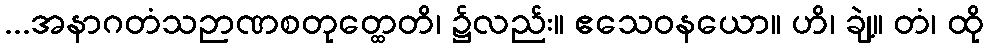
...အနာဂတံသဉာဏစတုတ္ထေတိ၊ ၌လည်း။ ဧသေဝနယော။ ဟိ၊ ချဲ့။ တံ၊ ထို